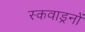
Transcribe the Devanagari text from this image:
स्कवाड्रनों